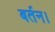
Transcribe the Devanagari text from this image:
बर्तन।